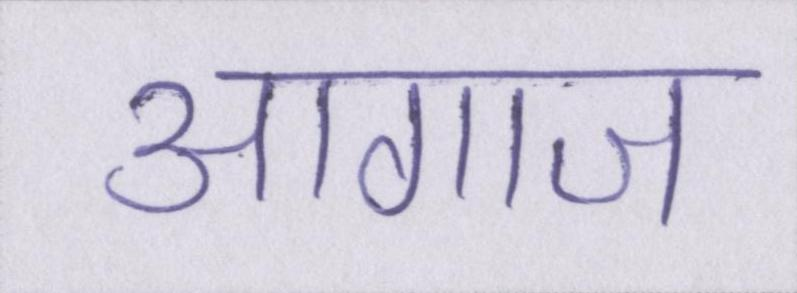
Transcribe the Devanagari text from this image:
आगाज